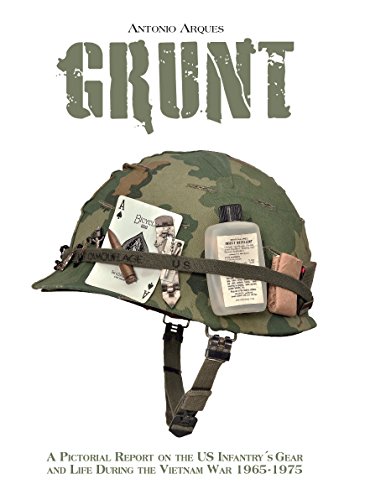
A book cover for Grunt: A Pictorial Report  on the US Infantry's  Gear  and Life During  the Vietnam War- 1965-1975; Antonio Arques; Arts & Photography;